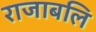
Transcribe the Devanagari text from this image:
राजाबलि